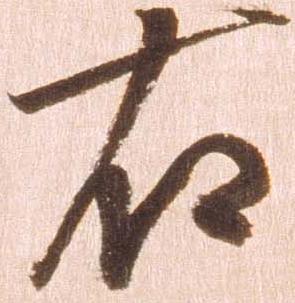
右